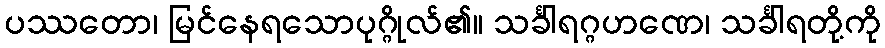
ပဿတော၊ မြင်နေရသောပုဂ္ဂိုလ်၏။ သင်္ခါရဂ္ဂဟဏေ၊ သင်္ခါရတို့ကို